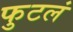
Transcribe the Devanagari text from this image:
फुटलं